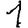
Digit: 1